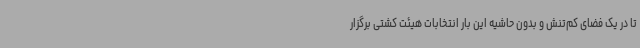
تا در یک فضای کم‌تنش و بدون حاشیه این بار انتخابات هیئت کشتی برگزار